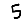
Digit: 5